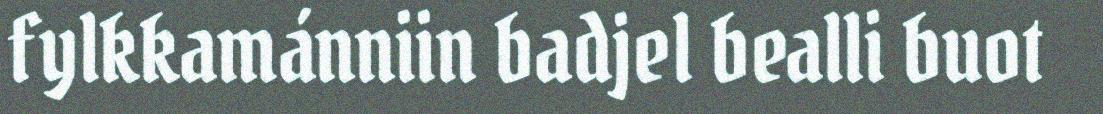
fylkkamánniin badjel bealli buot